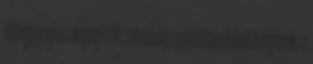
lebegő jogi és anyagi fölszabadulás ezen ritka lehetőségének a